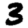
Digit: 3